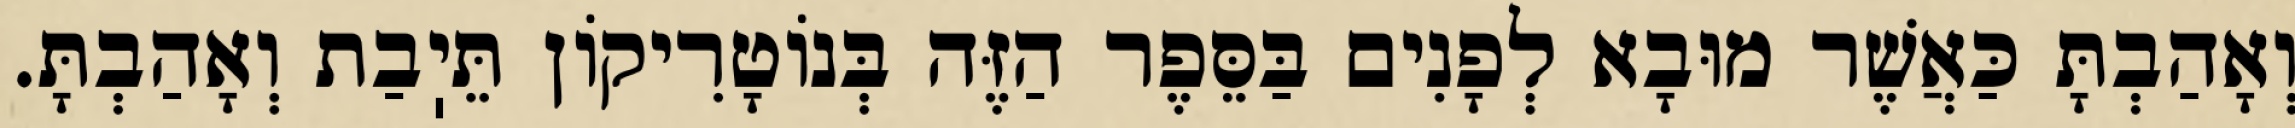
וְאָהַבְתָּ כַּאֲשֶׁר מוּבָא לְפָנִים בַּסֵּפֶר הַזֶּה בְּנוֹטָרִיקוֹן תֵּיֽבַת וְאָהַבְתָּ.